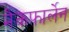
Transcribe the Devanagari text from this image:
मैकफार्लेन